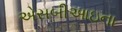
એસબીઆઇના